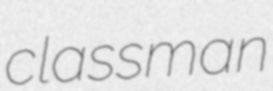
classman